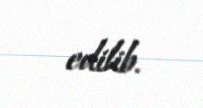
edilib.